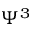
\Psi ^ { 3 }